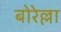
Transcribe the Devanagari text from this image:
बोरेल्ला